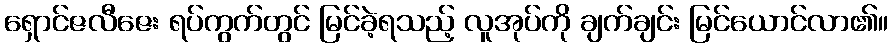
ရှောင်ဇလီဇေး ရပ်ကွက်တွင် မြင်ခဲ့ရသည့် လူအုပ်ကို ချက်ချင်း မြင်ယောင်လာ၏။